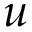
u